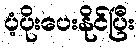
ပံ့ပိုးပေးနိုင်ပြီး